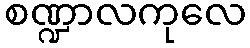
စဏ္ဍာလကုလေ